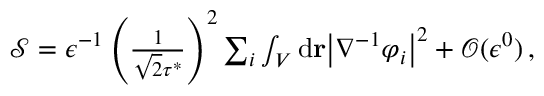
\begin{array} { r } { \mathcal { S } = \epsilon ^ { - 1 } \left( \frac { 1 } { \sqrt { 2 } \tau ^ { * } } \right) ^ { 2 } \sum _ { i } \int _ { V } \mathrm { d } \mathbf { r } \big \vert \nabla ^ { - 1 } \varphi _ { i } \big \vert ^ { 2 } + \mathcal { O } ( \epsilon ^ { 0 } ) \, , } \end{array}